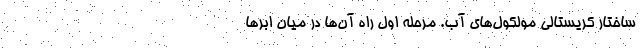
ساختار کریستالی مولکول‌های آب. مرحله اول راه آن‌ها در میان ابر‌ها